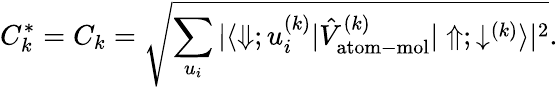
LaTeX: C_{k}^{*}=C_{k}=\sqrt{\sum_{u_{i}}|\langle\Downarrow;u_{i}^{(k)}|\hat{V}_{\mathrm{atom-mol}}^{(k)}|\Uparrow;\downarrow^{(k)}\rangle|^{2}}.